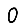
Digit: 0